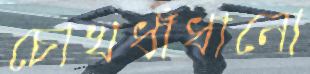
চোখধাঁধানো